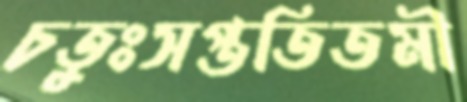
চতুঃসপ্ততিতমী